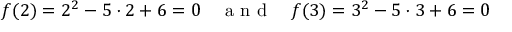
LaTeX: f ( 2 ) = 2 ^ { 2 } - 5 \cdot 2 + 6 = 0 \quad { \textrm { a n d } } \quad f ( 3 ) = 3 ^ { 2 } - 5 \cdot 3 + 6 = 0